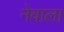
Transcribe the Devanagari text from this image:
नेवाला